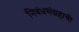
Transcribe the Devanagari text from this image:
निबंधसंग्रहाची